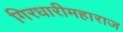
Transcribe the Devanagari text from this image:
गिरधारीमहाराज